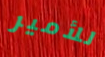
للأمير